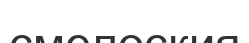
смелоския